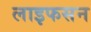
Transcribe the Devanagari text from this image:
लाइफसन